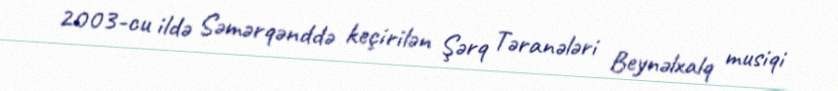
2003-cu ildə Səmərqənddə keçirilən Şərq Təranələri Beynəlxalq musiqi